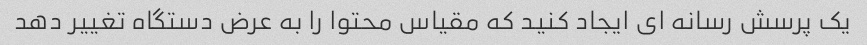
یک پرسش رسانه ای ایجاد کنید که مقیاس محتوا را به عرض دستگاه تغییر دهد